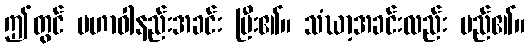
ဤတွင် မဟာဝါနည်းအခင်း ပြီး၏။ သံဃာ့အခင်းလည်း မည်၏။